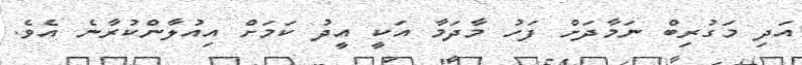
އަދި މަގުރިބް ނަމާދަށް ފަހު މާދަމާ އަކީ އީދު ކަމަށް އިއުލާންކުރާނެ އެވެ.